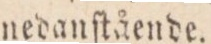
nedanſtående.